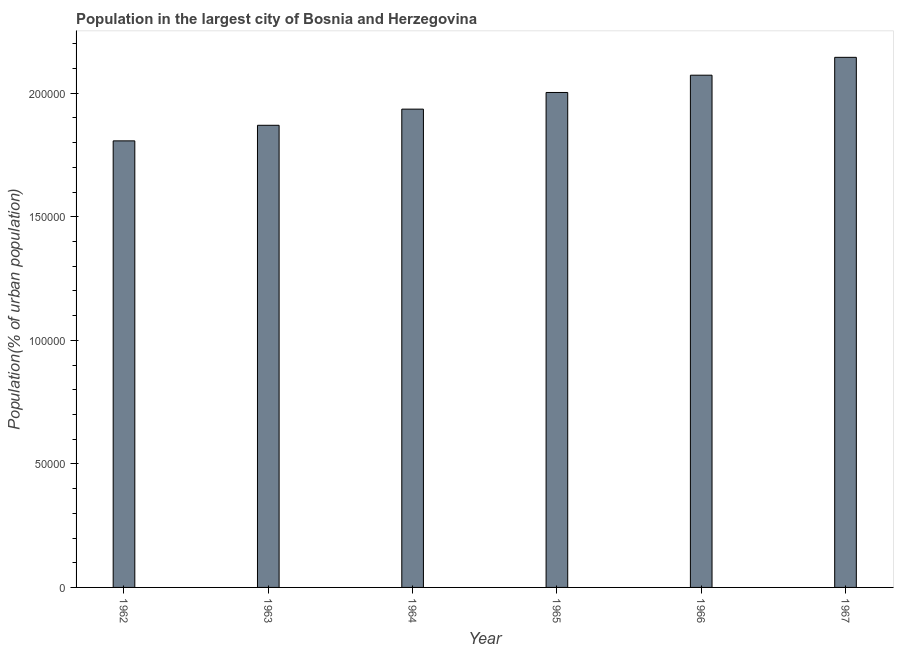
| Year | Population in largest city |
 | --- | --- |
 | 1962 | 1.81e+05 |
 | 1963 | 1.87e+05 |
 | 1964 | 1.94e+05 |
 | 1965 | 2e+05 |
 | 1966 | 2.07e+05 |
 | 1967 | 2.15e+05 |